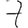
Digit: 7